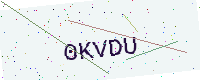
Text: 0KVDU